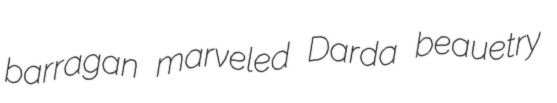
barragan marveled Darda beauetry